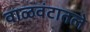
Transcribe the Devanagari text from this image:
वाळवंटातले